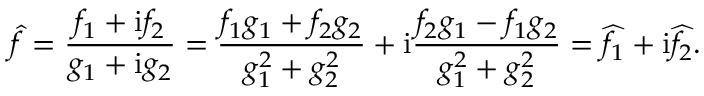
\widehat { f } = \frac { f _ { 1 } + \mathrm { i } f _ { 2 } } { g _ { 1 } + \mathrm { i } g _ { 2 } } = \frac { f _ { 1 } g _ { 1 } + f _ { 2 } g _ { 2 } } { g _ { 1 } ^ { 2 } + g _ { 2 } ^ { 2 } } + \mathrm { i } \frac { f _ { 2 } g _ { 1 } - f _ { 1 } g _ { 2 } } { g _ { 1 } ^ { 2 } + g _ { 2 } ^ { 2 } } = \widehat { f _ { 1 } } + \mathrm { i } \widehat { f _ { 2 } } .